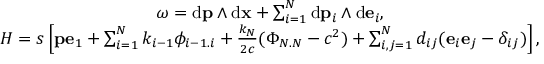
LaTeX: \begin{array} { c } { { \omega = \mathrm { d } { \bf p } \wedge \mathrm { d } { \bf x } + \sum _ { i = 1 } ^ { N } \mathrm { d } { \bf p } _ { i } \wedge \mathrm { d } { \bf e } _ { i } , } } \\ { { { \cal H } = { s } \left[ { \bf p } { \bf e } _ { 1 } + \sum _ { i = 1 } ^ { N } { k } _ { i - 1 } { \phi } _ { i - 1 . i } + \frac { { k } _ { N } } { 2 c } ( { \Phi } _ { N . N } - c ^ { 2 } ) + \sum _ { i , j = 1 } ^ { N } d _ { i j } ( { \bf e } _ { i } { \bf e } _ { j } - \delta _ { i j } ) \right] , } } \end{array}